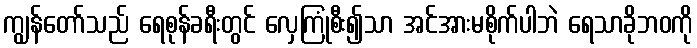
ကျွန်တော်သည် ရေစုန်ခရီးတွင် လှေကြုံစီး၍သာ အင်အားမစိုက်ပါဘဲ ရေသာခိုဘဝကို